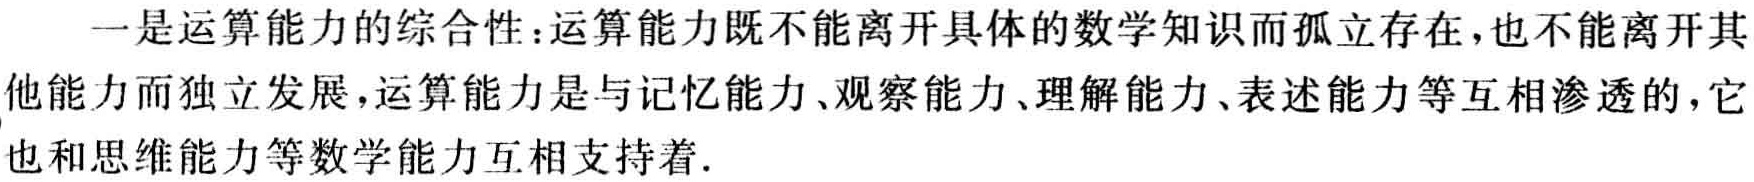
一是运算能力的综合性：运算能力既不能离开具体的数学知识而孤立存在，也不能离开其他能力而独立发展，运算能力是与记忆能力、观察能力、理解能力、表述能力等互相渗透的，它也和思维能力等数学能力互相支持着.